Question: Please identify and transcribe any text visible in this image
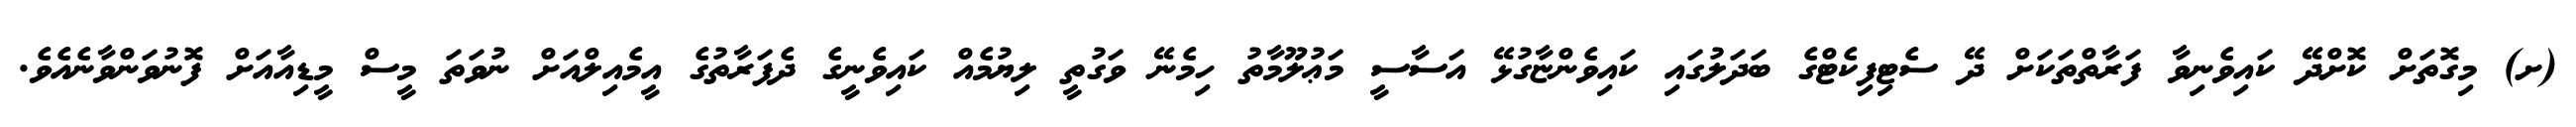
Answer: (ށ) މިގޮތަށް ކޮށްދޭ ކައިވެނިވާ ފަރާތްތަކަށް ދޭ ސެޓިފިކެޓްގެ ބަދަލުގައި ކައިވެންޏާގުޅޭ އަސާސީ މަޢުލޫމާތު ހިމެނޭ ވަގުތީ ލިޔުމެއް ކައިވެނީގެ ދެފަރާތުގެ އީމެއިލްއަށް ނުވަތަ މީސް މީޑިއާއަށް ފޮނުވަންވާނެއެވެ.